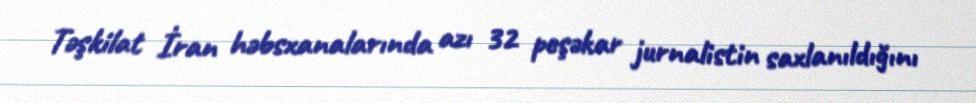
Təşkilat İran həbsxanalarında azı 32 peşəkar jurnalistin saxlanıldığını